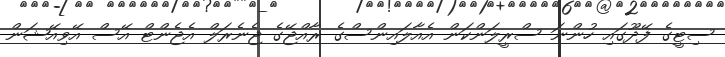
ސިޓީގެ ފޭދޫގައި ހުންނަ ސްރީލަންކަން އެއާލައިންސްގެ ރާއްޖޭގެ ޖެނެރަލް އެޖެންޓް އޭސް އޭވިއޭޝަން